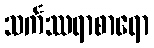
သင်္ကဿရာစာရော